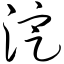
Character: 淀